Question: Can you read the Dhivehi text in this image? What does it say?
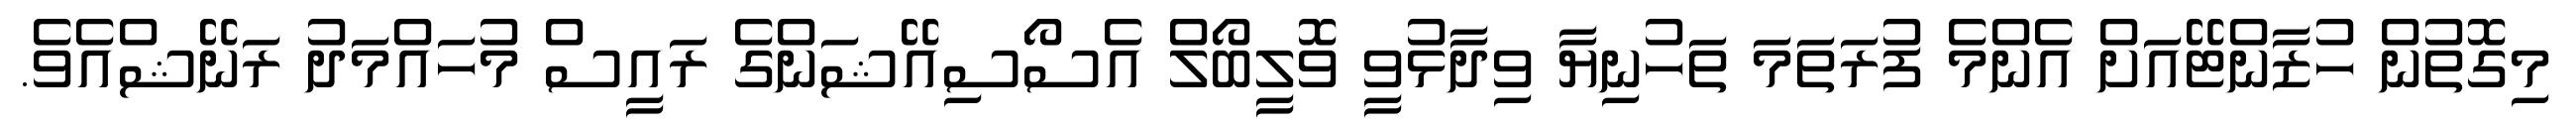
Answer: މިގޮތުން ހުޒާންޓޭއަށް އެންމެ ފުރަތަމަ ތަހުނިޔާ ވިދާޅުވީ ވޮލީބޯލް އެސޯސިއޭޝަންގެ ރައީސް މުހައްމަދު ރަނޭޝްއެވެ.